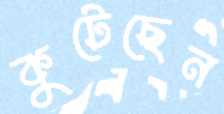
কুটেছেন